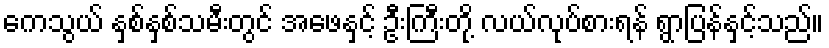
ကေသွယ် နှစ်နှစ်သမီးတွင် အဖေနှင့် ဦးကြီးတို့ လယ်လုပ်စားရန် ရွာပြန်နှင့်သည်။